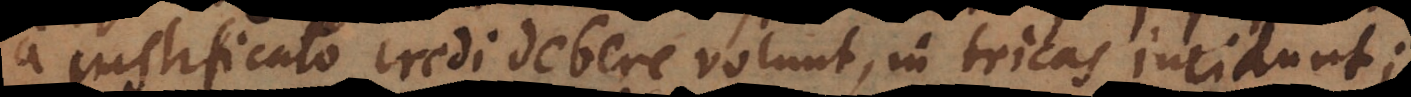
a justificato credi debere volunt, in tricas incidunt;